Report on the working of the Ranchi Indian Mental Hospital, Kanke, in Bihar and Orissa - 1930-1940
Year: 1930
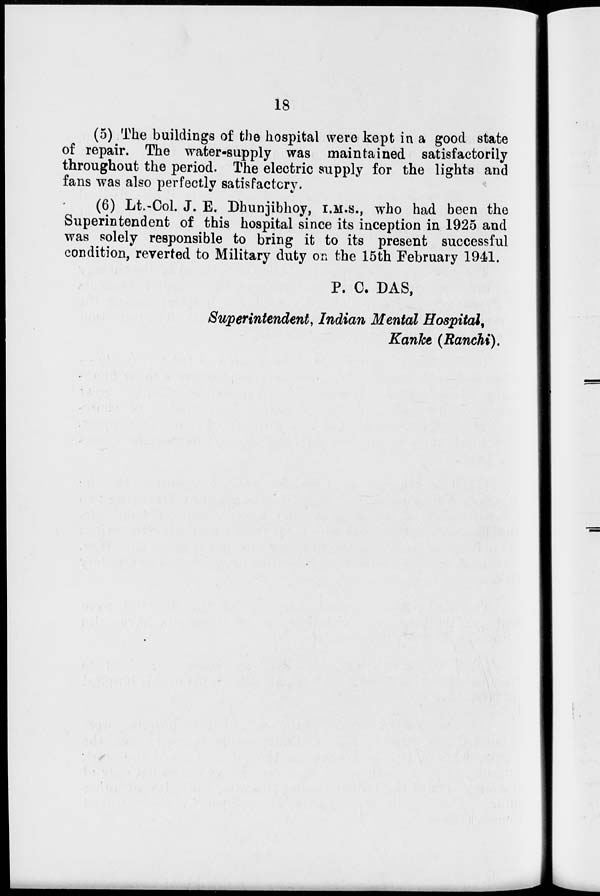
18
(5) The buildings of the hospital were kept in a good state
of repair. The water-supply was maintained satisfactorily
throughout the period. The electric supply for the lights and
fans was also perfectly satisfactory.
(6) Lt.-Col. J. E. Dhunjibhoy, I.M.S., who had been the
Superintendent of this hospital since its inception in 1925 and
was solely responsible to bring it to its present successful
condition, reverted to Military duty on the 15th February 1941.
P. C. DAS,
Superintendent, Indian Mental Hospital,
Kanke (Ranchi).